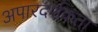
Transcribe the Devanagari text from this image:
अपारदर्शकता